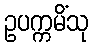
ဥပက္ကမိံသု